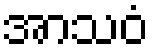
အာသဝံ